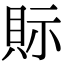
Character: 𧵋